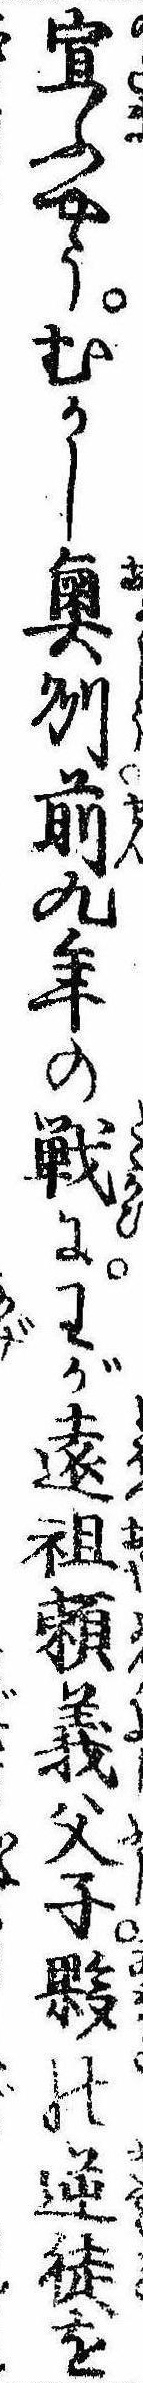
宣ふやうむかし奥州前九年の戦にわが遠祖頼義父子夥の逆徒を